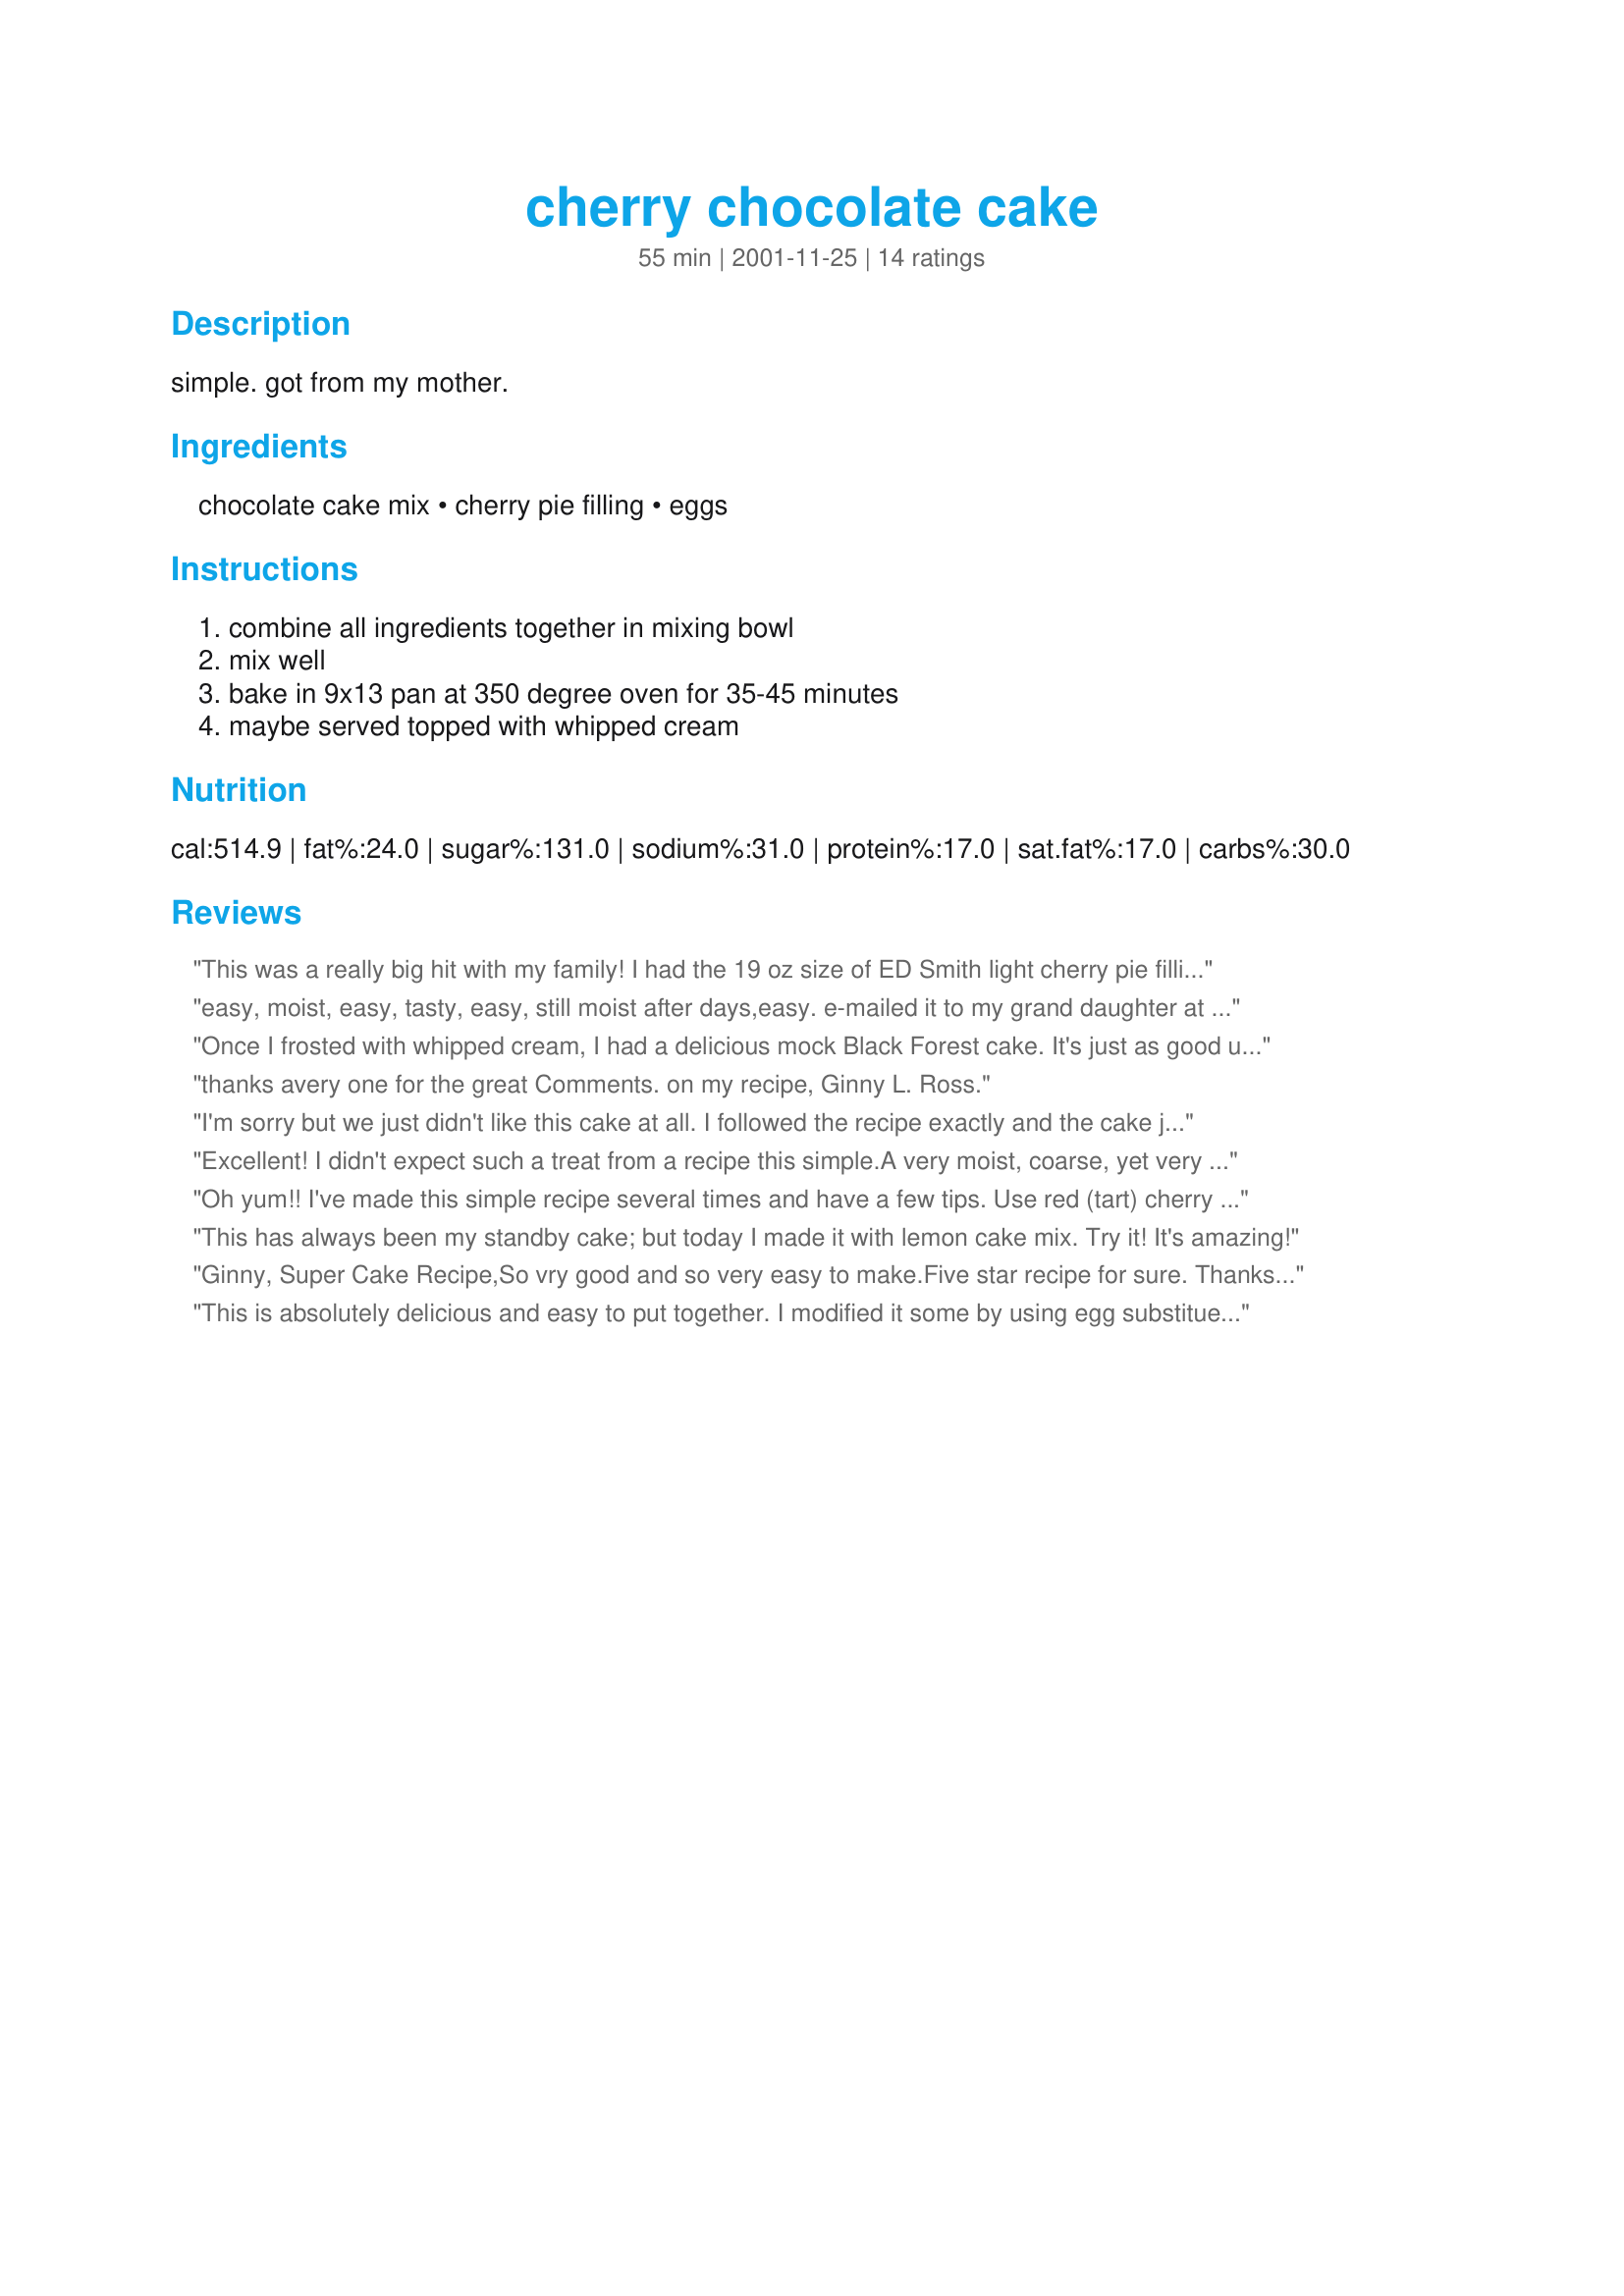
cherry chocolate cake
Preparation time: 55 minutes

simple. got from my mother.

Ingredients:
chocolate cake mix, cherry pie filling, eggs

Steps:
combine all ingredients together in mixing bowl, mix well, bake in 9x13 pan at 350 degree oven for 35-45 minutes, maybe served topped with whipped cream

Reviews:
This was a really big hit with my family! I had the 19 oz size of ED Smith light cherry pie filling instead of the bigger size, so I compensated by adding an extra egg and a bit of water. I couldn't resist throwing in some semi-sweet chocolate chips too. The result was completely delicious! I topped it with a light chocolate topping (dream whip - chocolate pudding - chocolate milk whipped until fluffy). Just divine!
easy, moist, easy, tasty, easy, still moist after days,easy. e-mailed it to my grand daughter at university and she loved it.
Once I frosted with whipped cream, I had a delicious mock Black Forest cake. It's just as good unfrosted, too! Love it!
thanks avery one for the great Comments. on my recipe, Ginny L. Ross.
I'm sorry but we just didn't like this cake at all. I followed the recipe exactly and the cake just came out looking very glossy and it had risen, but not a whole lot. I had originally made it to take to a dinner at a friends house and i'm glad I decided to taste it first based on the look of it. It just didn't taste good to me either, it had a very odd texture. I'm sorry for such a low rating.
Excellent! I didn't expect such a treat from a recipe this simple.A very moist, coarse, yet very light texture studded with bright red cherries. I made the recipe using a 19.5 oz Betty Crocker Dark Chocolate cake mix. It was labeled "super moist" but without the called for oil, I doubt it was what made this cake so delectable. I served this warm with vanilla ice cream and everyone asked for seconds! Thanks IB for this "simply" great recipe.
Oh yum!! I've made this simple recipe several times and have a few tips. Use red (tart) cherry pie filling; dark sweet cherry filling seems dull compared to the normal red cherry. Be sure to avoid a sugar-free pie filling as the cake won't rise as high or taste as good. Originally I saw the same recipe in a Cake Doctor cookbook but she called for 1/2 tsp. of almond extract. I use this and sometimes a full tbs. of vanilla for a cherry-vanilla flavor. This also works in two 8" or 9" layer pans but reduce oven time by 5-10 minutes.
This has always been my standby cake; but today I made it with lemon cake mix. Try it! It's amazing!
Ginny,
Super Cake Recipe,So vry good and so very easy to make.Five star recipe for sure.
 Thanks,Darlene Summers
This is absolutely delicious and easy to put together. I modified it some by using egg substitue to cut the fat and cholesterol but it was still very good. I will use this recipe often
Barbara H
Very easy to make and I was surprised at how good it was. I frosted it with cool whip and kept the cake in the refrigerator. The cherries were the best part and I might use a bigger can of cherries next time. Will absolutely make again!
This recipe is super. I used a box of fudge marble cake mix and it turned out very tasty. Good texture and flavor. It does not require cooking oil so it keeps the calories down. Conrad
&quot;Delicious, Yummy, Extra-ordinary, bizzare&quot;! Just too tasty!! Loved it, thanks a tonne for sharing it, will be a nice one to make on Valentine's Day!
Here my twist - used a marble cake mix and used Saskatoon berry filling. For extra flavour added 3 tablespoons of blueberry syrup!!

Added cream frosting with blueberries on top! Looked and tasted like...WOW!!!!!

All gone in ONE serving and people raving for recipe!!
